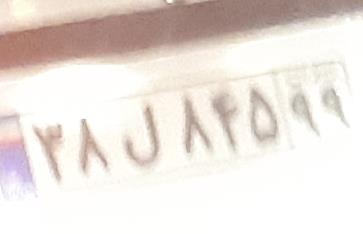
۳۸ل۸۴۵۹۹